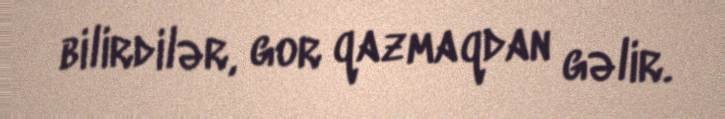
bilirdilər, gor qazmaqdan gəlir.